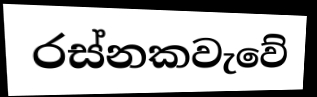
රස්නකවැවේ